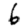
Digit: 6